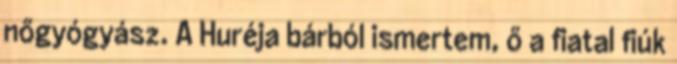
nőgyógyász. A Huréja bárból ismertem, ő a fiatal fiúk